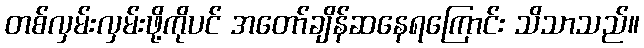
တစ်လှမ်းလှမ်းဖို့ကိုပင် အတော်ချိန်ဆနေရကြောင်း သိသာသည်။